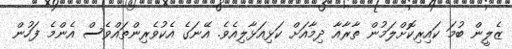
ޒެލީން ބުމަ ކައިރިކޮށްލަމުން ތާރާއާ ދިމާއަށް ކަޅިއަޅާލިއެވެ. އޭނަގެ އެކުވެރިންތައްވެސް އެންމެ ފަހުން